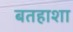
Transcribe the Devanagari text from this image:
बतहाशा